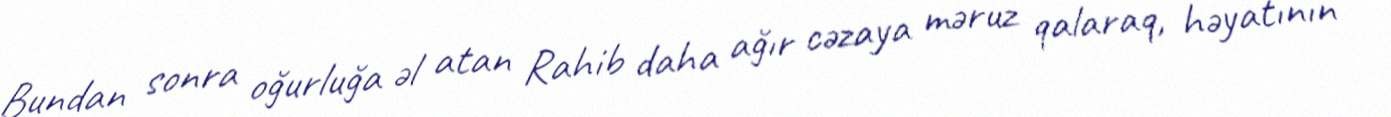
Bundan sonra oğurluğa əl atan Rahib daha ağır cəzaya məruz qalaraq, həyatının